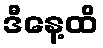
ဒီနေ့ထိ